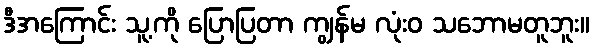
ဒီအကြောင်း သူ့ကို ပြောပြတာ ကျွန်မ လုံးဝ သဘောမတူဘူး။